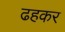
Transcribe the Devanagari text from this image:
ढहकर